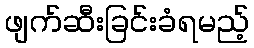
ဖျက်ဆီးခြင်းခံရမည့်